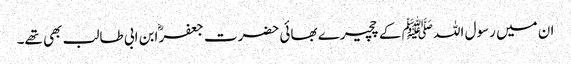
ان میں رسول اللہ ﷺ کے چچیرے بھائی حضرت جعفرؓ ابن ابی طالب بھی تھے۔